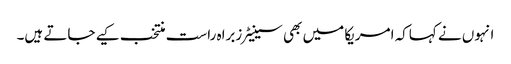
انہوں نے کہاکہ امریکا میں بھی سینیٹرزبراہ راست منتخب کیے جاتے ہیں۔